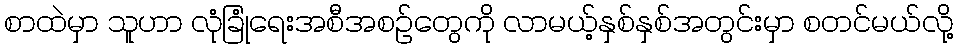
စာထဲမှာ သူဟာ လုံခြုံရေးအစီအစဉ်တွေကို လာမယ့်နှစ်နှစ်အတွင်းမှာ စတင်မယ်လို့